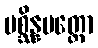
ပစ္ဆိန္နပတ္တော